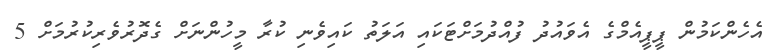
އެހެންކަމުން ޕީޕީއެމްގެ އެވައުދު ފުއްދުމަށްޓަކައި އަލަތު ކައިވެނި ކުރާ މީހުންނަށް ގެދޮރުވެރިކުރުމަށް 5